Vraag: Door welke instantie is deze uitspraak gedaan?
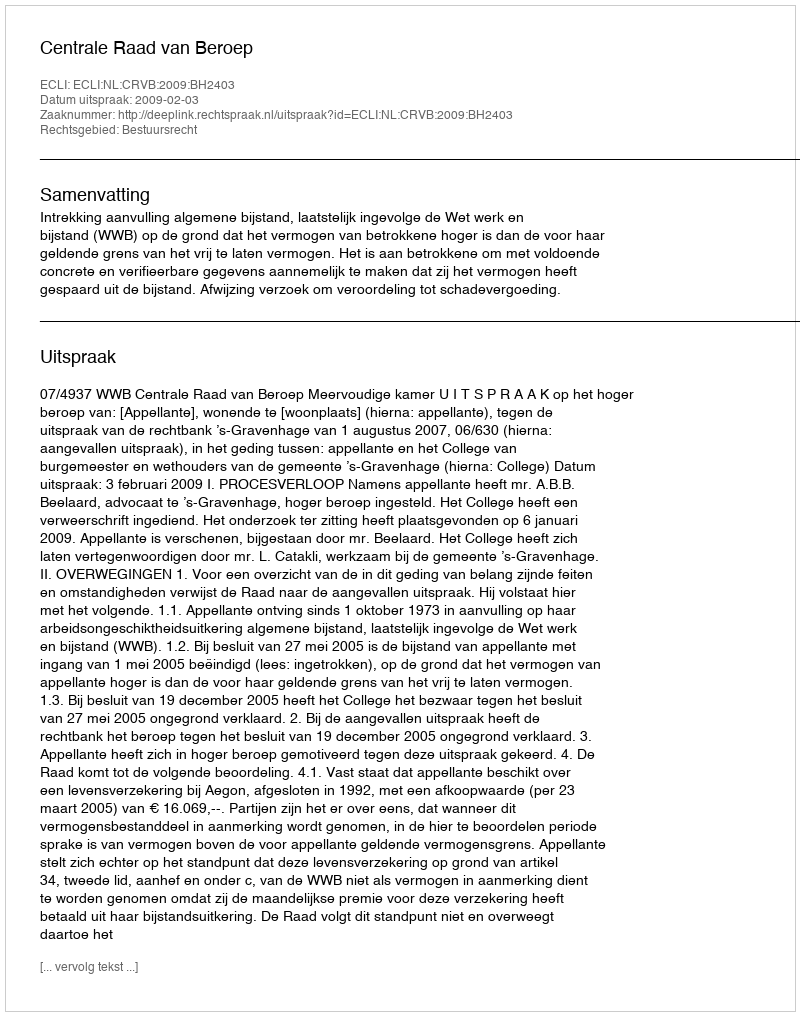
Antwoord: Centrale Raad van Beroep